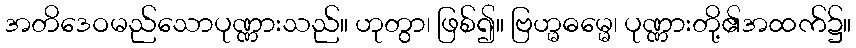
အတိဒေဝမည်သောပုဏ္ဏားသည်။ ဟုတွာ၊ ဖြစ်၍။ ဗြဟ္မဓမ္မေ၊ ပုဏ္ဏားတို့၏အထက်၌။